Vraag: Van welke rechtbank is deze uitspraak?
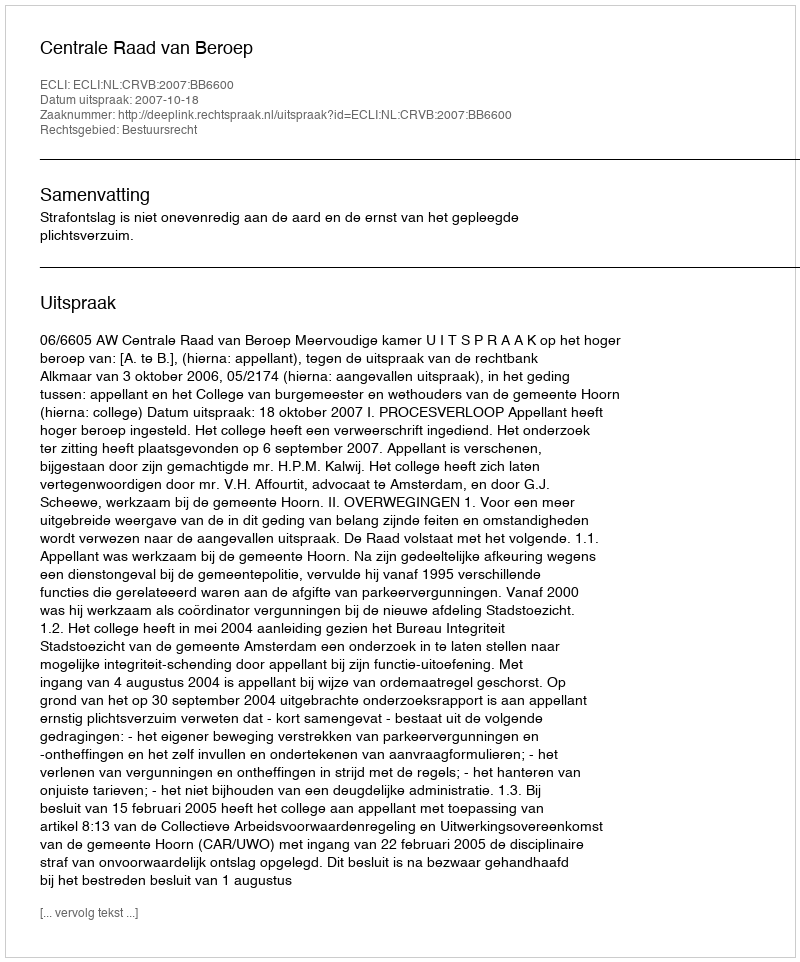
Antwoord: Centrale Raad van Beroep